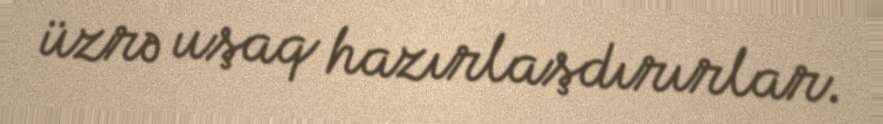
üzrə uşaq hazırlaşdırırlar.